Scottish Certificate of Education, 1963
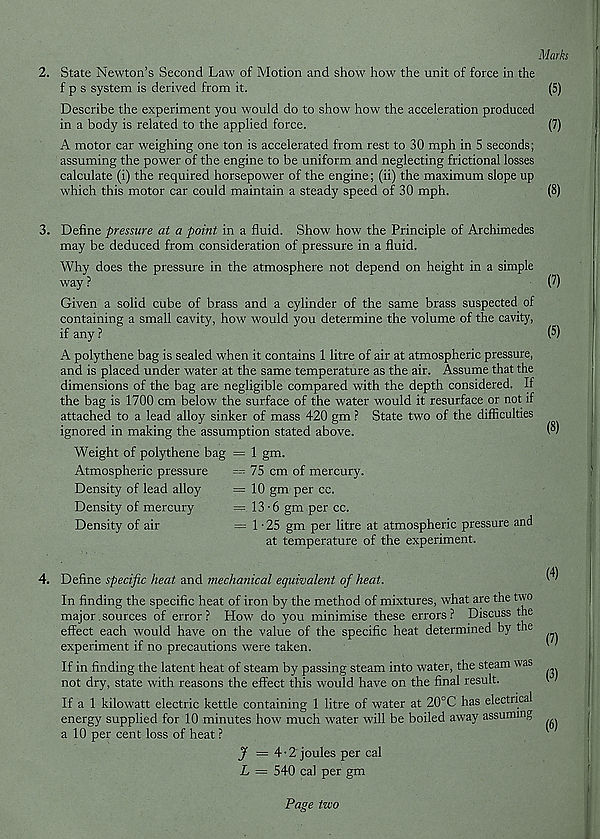
Marks
2. State Newton’s Second Law 1 of Motion and show' how' the unit of force in the
f p s system is derived from it.
(5)
Describe the experiment you would do to show how' the acceleration produced
in a body is related to the applied force.
(7)
A motor car weighing one ton is accelerated from rest to 30 mph in 5 seconds;
assuming the power of the engine to be uniform and neglecting frictional losses
calculate (i) the required horsepower of the engine; (ii) the maximum slope up
which this motor car could maintain a steady speed of 30 mph.
(8)
3. Define pressure at a point in a fluid. Show how the Principle of Archimedes
may be deduced from consideration of pressure in a fluid.
Why does the pressure in the atmosphere not depend on height in a simple
way ?
Given a solid cube of brass and a cylinder of the same brass suspected of
containing a small cavity, how would you determine the volume of the cavity,
if any ?
A polythene bag is sealed w'hen it contains 1 litre of air at atmospheric pressure,
and is placed under water at the same temperature as the air. Assume that the
dimensions of the bag are negligible compared with the depth considered. If
the bag is 1700 cm below' the surface of the water would it resurface or not if
attached to a lead alloy sinker of mass 420 gm ? State tw'O of the difficulties
ignored in making the assumption stated above.
Weight of polythene bag
Atmospheric pressure
Density of lead alloy
Density of mercury
Density of air
= 1 gm.
= 75 cm of mercury.
= 10 gm per cc.
= 13-6 gm per cc.
= 1-25 gm per litre at atmospheric pressure and
at temperature of the experiment.
(7)
(5)
(8)
Define specific heat and mechanical equivalent of heat.
In finding the specific heat of iron by the method of mixtures, what are the two
major. sources of error ? How do you minimise these errors ? Discuss the
effect each would have on the value of the specific heat determined by the
experiment if no precautions were taken.
If in finding the latent heat of steam by passing steam into water, the steam was
not dry, state with reasons the effect this would have on the final result.
If a 1 kilowatt electric kettle containing 1 litre of water at 20°C has electrical
energy supplied for 10 minutes how much water will be boiled aw'ay assuming
a 10 per cent loss of heat ?
J =4-2 joules per cal
L = 540 cal per gm
(4)
(7)
(3)
(6)
Page tzvo